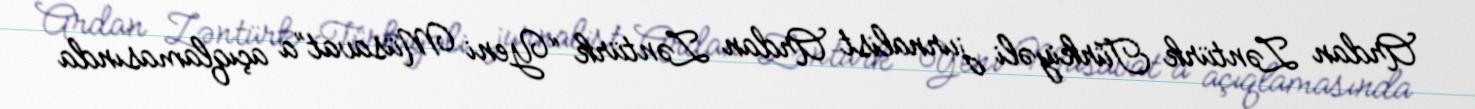
Ardan Zəntürk Türkiyəli jurnalist Ardan Zəntürk “Yeni Müsavat”a açıqlamasında